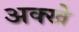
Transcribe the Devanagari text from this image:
अक्खे